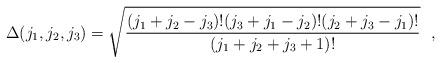
LaTeX: \begin{align*}\Delta(j_{1},j_{2},j_{3})=\sqrt{\frac{(j_{1}+j_{2}-j_{3})!(j_{3}+j_{1}-j_{2})!(j_{2}+j_{3}-j_{1})!}{(j_{1}+j_{2}+j_{3}+1)!}}\ \ , \end{align*}